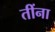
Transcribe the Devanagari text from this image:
तींना